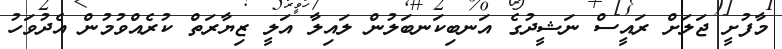
މާފުށީ ޖަލަށް ރައީސް ނަޝީދުގެ އަނބިކަނބަލުން ލައިލާ އަލީ ޒިޔާރަތް ކުރެއްވުމުން އެދުވަހު